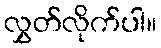
လွှတ်လိုက်ပါ။